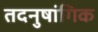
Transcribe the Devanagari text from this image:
तदनुषांगिक